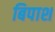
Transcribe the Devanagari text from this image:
बिपाश